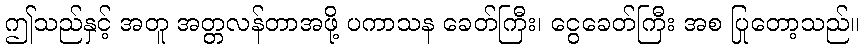
ဤသည်နှင့် အတူ အတ္တလန်တာအဖို့ ပကာသန ခေတ်ကြီး၊ ငွေခေတ်ကြီး အစ ပြုတော့သည်။